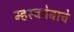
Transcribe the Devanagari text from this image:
म्हस्कोबाचे